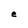
Character: e